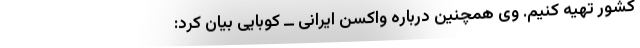
کشور تهیه کنیم. وی همچنین درباره واکسن ایرانی ــ کوبایی بیان کرد: